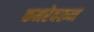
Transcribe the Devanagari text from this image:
कमरेवरून